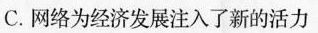
C.网络为经济发展注入了新的活力